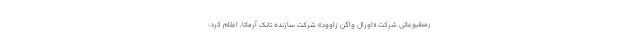
رمطبوعاتی شرکت «اورال واگن زاوود» شرکت سازنده تانک آرماتا، اعلام کرد: